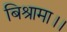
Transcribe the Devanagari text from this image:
बिश्रामा।।